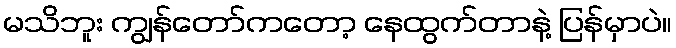
မသိဘူး ကျွန်တော်ကတော့ နေထွက်တာနဲ့ ပြန်မှာပဲ။